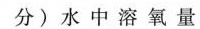
分)水中溶氧量